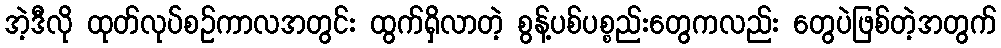
အဲ့ဒီလို ထုတ်လုပ်စဉ်ကာလအတွင်း ထွက်ရှိလာတဲ့ စွန့်ပစ်ပစ္စည်းတွေကလည်း တွေပဲဖြစ်တဲ့အတွက်